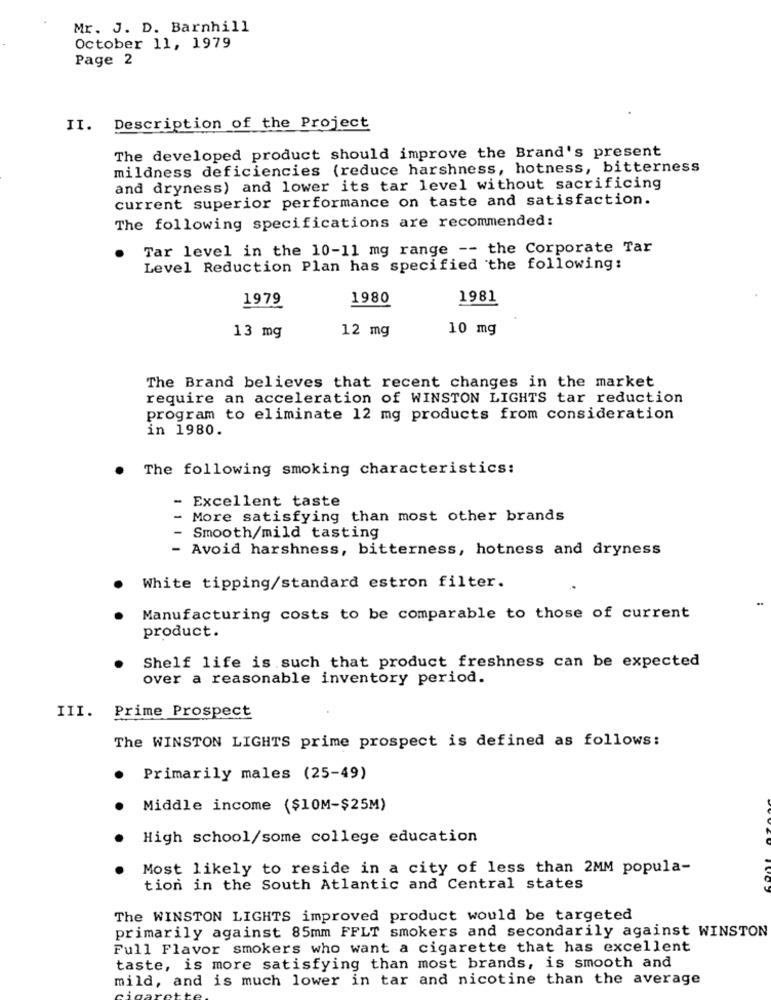
Mr. J. D. Barnhill
October 11, 1979
Page 2
II. Description of the Project
The developed product should improve the Brand's present
mildness deficiencies (reduce harshness, hotness, bitterness
and dryness) and lower its tar level without sacrificing
current superior performance on taste and satisfaction.
The following specifications are recommended:
Tar level in the 10-11 mg range -- the Corporate Tar
Level Reduction Plan has specified the following:
1979
1980
1981
12 mg
10 mg
13 mg
The Brand believes that recent changes in the market
require an acceleration of WINSTON LIGHTS tar reduction
program to eliminate 12 mg products from consideration
in 1980.
The following smoking characteristics:
- Excellent taste
More satisfying than most other brands
Smooth/mild tasting
- Avoid harshness, bitterness, hotness and dryness
White tipping/standard estron filter.
Manufacturing costs to be comparable to those of current
product.
Shelf life is such that product freshness can be expected
over a reasonable inventory period.
III. Prime Prospect
The WINSTON LIGHTS prime prospect is defined as follows:
Primarily males (25-49)
Middle income ($10M-$25M)
High school/some college education
Most likely to reside in a city of less than 2MM popula-
tion in the South Atlantic and Central states
The WINSTON LIGHTS improved product would be targeted
primarily against 85mm FFLT smokers and secondarily against WINSTON
Full Flavor smokers who want a cigarette that has excellent
taste, is more satisfying than most brands, is smooth and
mild, and is much lower in tar and nicotine than the average